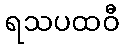
ရသပထဝီ